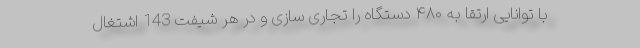
با توانایی ارتقا به ۴۸۰ دستگاه را تجاری سازی و در هر شیفت 143 اشتغال